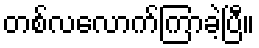
တစ်လလောက်ကြာခဲ့ပြီ။